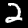
Label: 2